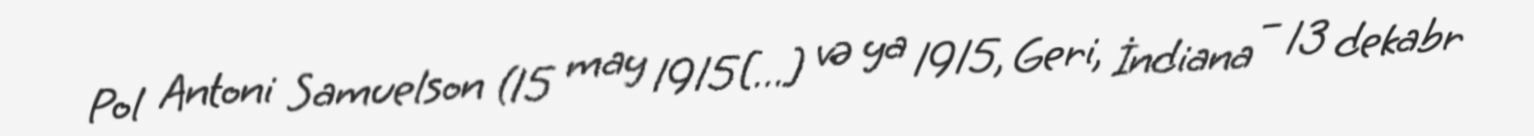
Pol Antoni Samuelson (15 may 1915[…] və ya 1915, Geri, İndiana – 13 dekabr